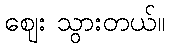
ဈေး သွားတယ်။